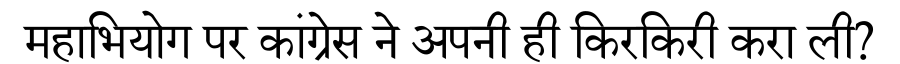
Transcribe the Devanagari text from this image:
महाभियोग पर कांग्रेस ने अपनी ही किरकिरी करा ली?